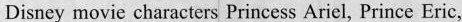
Disney movie characters Princess Ariel, Prince Erie,